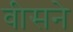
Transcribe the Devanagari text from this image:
वीसने